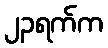
၂၃ရက်က